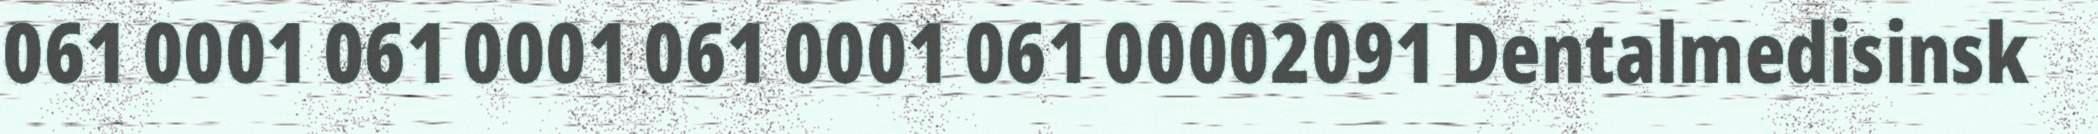
061 0001 061 0001 061 0001 061 00002091 Dentalmedisinsk